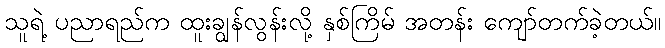
သူရဲ့ ပညာရည်က ထူးချွန်လွန်းလို့ နှစ်ကြိမ် အတန်း ကျော်တက်ခဲ့တယ်။